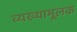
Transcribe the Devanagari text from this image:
व्यख्यामूलक